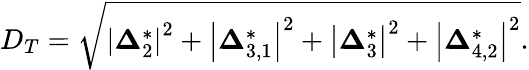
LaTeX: D_{T}=\sqrt{{{\left|{\boldsymbol{\Delta}_{2}^{*}}\right|}^{2}}+{{\left|{\boldsymbol{\Delta}_{3,1}^{*}}\right|}^{2}}+{{\left|{\boldsymbol{\Delta}_{3}^{*}}\right|}^{2}}+{{\left|{\boldsymbol{\Delta}_{4,2}^{*}}\right|}^{2}}}.